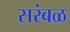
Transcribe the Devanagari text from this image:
सरंबळ